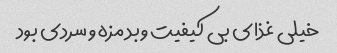
خیلى غذاى بى کیفیت و بد مزه و سردى بود